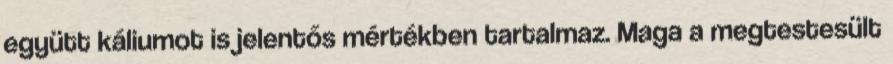
együtt káliumot is jelentős mértékben tartalmaz. Maga a megtestesült